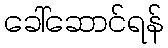
ခေါ်ဆောင်ရန်